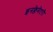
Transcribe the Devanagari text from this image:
इनफ्लेमेटरी